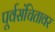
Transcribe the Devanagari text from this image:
पूर्वसंचितावर